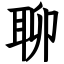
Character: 聊